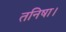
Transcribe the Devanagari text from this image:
तनिषा।